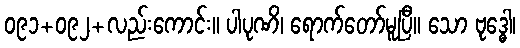
၀၉၁+၀၉၂+လည်းကောင်း။ ပါပုဏိ၊ ရောက်တော်မူပြီ။ သော ဗုဒ္ဓေါ၊